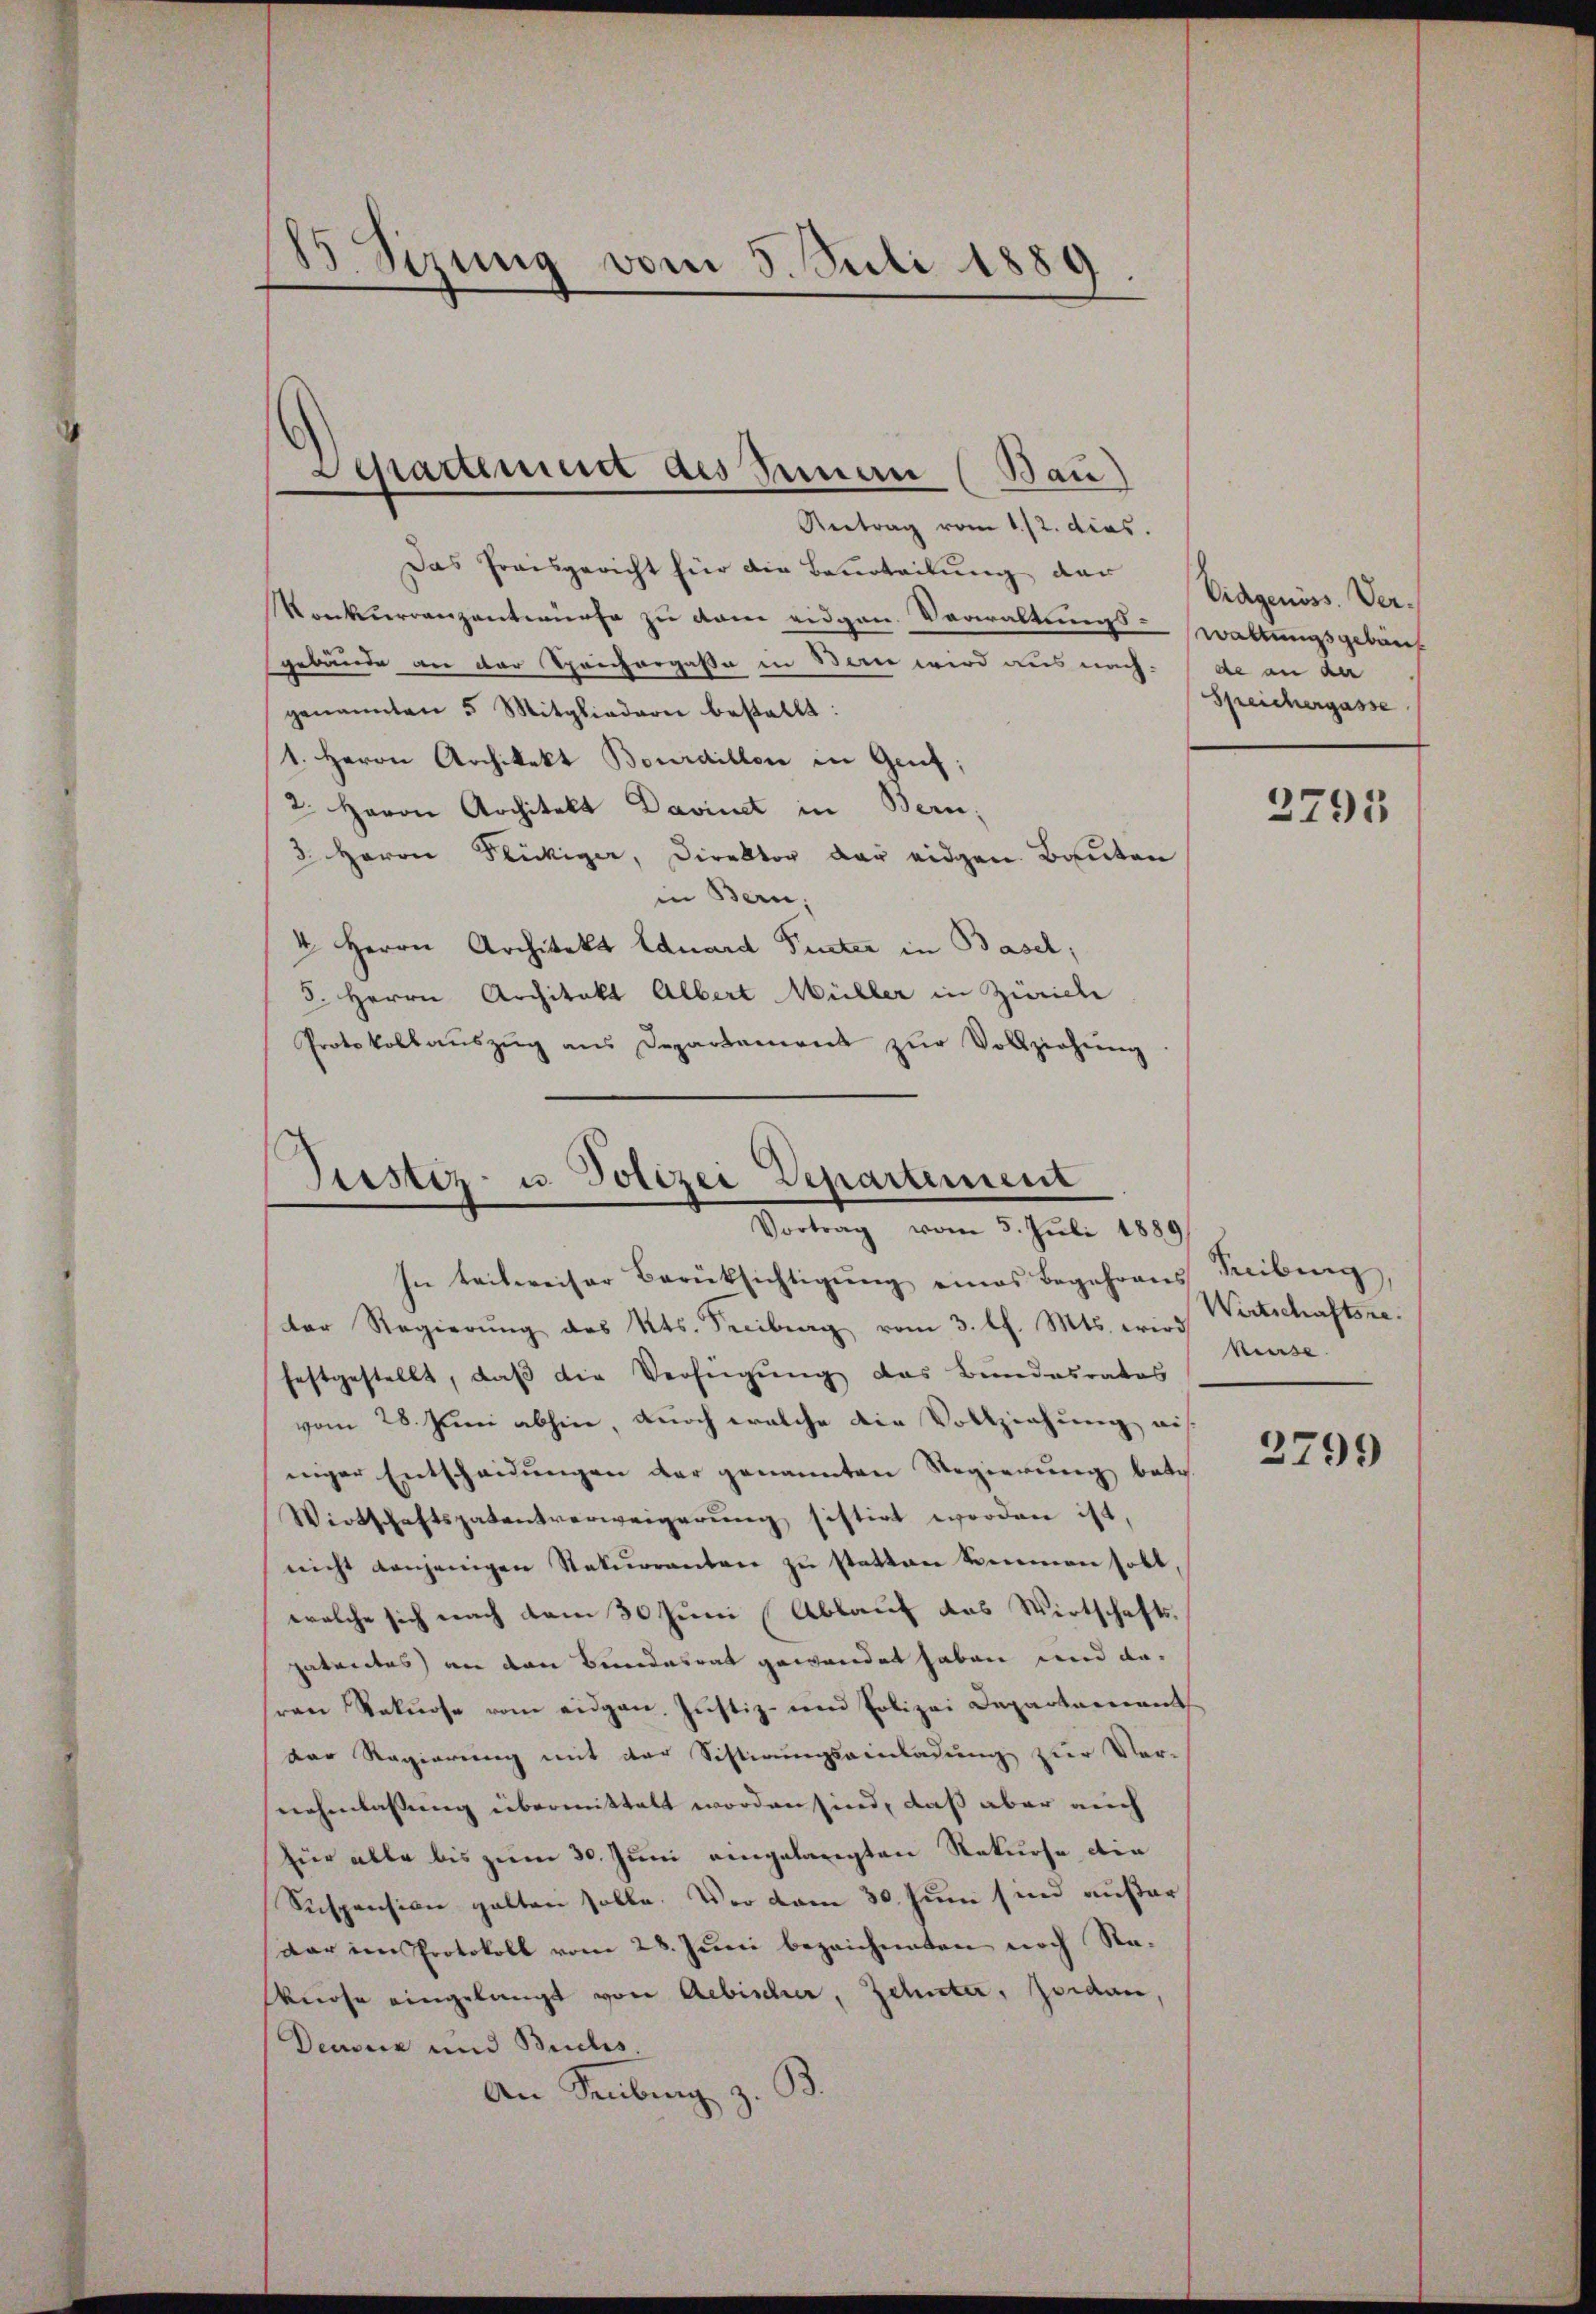
B Sizung vom 5. Suli 1889.

Das Preisgericht für die Beurteilŭng der Eidgenöss. Ver-
Konkurrenzentwürfe zu dem eidgen. Verwaltungs- waltungsgebäref
gebäude an der Sprichorgaße in Bern wird aus nach-
genannten 5 Mitgliedern bestellt:
1. Herrn Architekt Bourdillon in Genf
2. Herrn Architekt Davinet in Bern,
3 Herrn Flückiger, Direktor der eidgen Bauten
in Bern,
4 Herrn Architekt Eduard Pinter in Basel;
8. Herrn Architekt Albert Müller in Zürich
Protokollaŭszŭg ans Departamens zŭr Vollziehŭng

Departement des Innern (Bau)
Vertrag vom 1./2. dies

Justiz- u. Polizei Departement
Vortrag vom 5. Juli 1889

In teilweiser Berüksichtigŭng eines Begehrens Reibung
der Regierŭng des Kts. Freiberg vom 3. l. Mts. wird
festgestellt, daß die Verfügung das Bundesrates
vom 28. Juni abhin, durch welche die Vollziehung aus
niger Entscheidungen der genannten Regierung betr.
Wirtschaftspatentverweigerŭng sistirt worden ist,
nicht denjenigen Staturrenten zu statten kennen habt,
welche sich nach dem 30 Juni Ablauf das Wirtschafts-
patentes) an den Bundesrat gewandet haben und dasren Rekurse vom eidgen. Jŭstiz- und Polizei Departamant
Der Regierung mit der Sistirungseinladung zur Ver-
nehmlassung übermittelt worden sind, daß aber auch
für alle bis zum 30. Juni eingelangten Rekurse die
Suspension galten solle. Vor vom 30. Juni sind außer
dar im Protokoll vom 28. Juni bezeichneten noch Re¬
Viose eingelangt von Aebischer, Zehnte, Jordan,
Deusur und Buches.
An Senburg z. B.

de an da
Speichergasse

2795

Wirtschaftsre
kurse.

3799